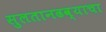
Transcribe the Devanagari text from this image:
सुलतानढव्याचा